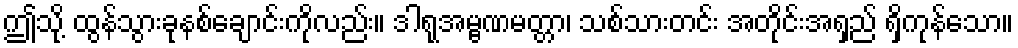
ဤသို့ ထွန်သွားခုနစ်ချောင်းကိုလည်း။ ဒါရုအမ္ဗဏမတ္တာ၊ သစ်သားတင်း အတိုင်းအရှည် ရှိကုန်သော။